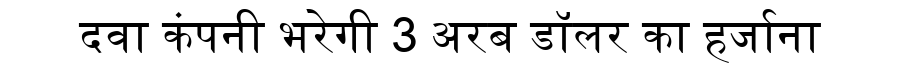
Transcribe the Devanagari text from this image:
दवा कंपनी भरेगी 3 अरब डॉलर का हर्जाना